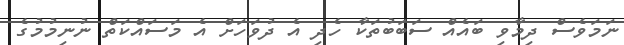
ނަމަވެސް ދިމާވި ބައެއް ސަބަބުތަކާ ހެދި އެ ދުވަހަށް އެ މަސައްކަތް ނުނިމުމުގެ